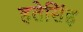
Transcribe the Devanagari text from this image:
हतेसिंह